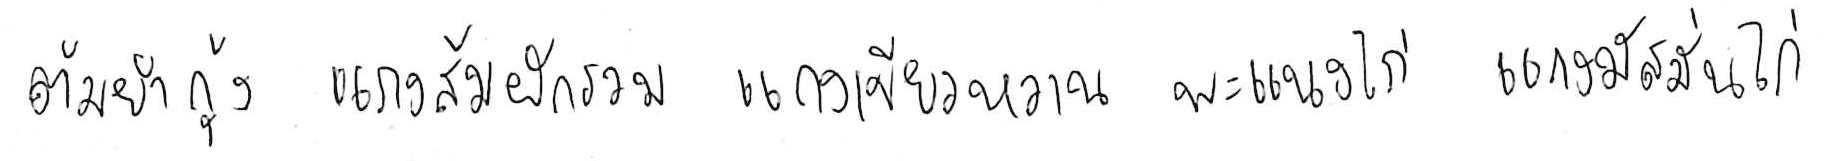
ต้มยำกุ้ง แกงส้มผักรวม แกงเขียวหวาน พะแนงไก่ แกงมัสมั่นไก่